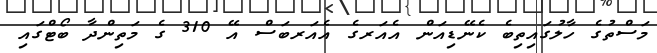
މަސްތުގެ ހާލުގައިތިބެ ކެނޭޑިއަން އެއަރގެ އެއަރބަސް އޭ 310 ގެ މަތިންދާ ބޯޓްގައި